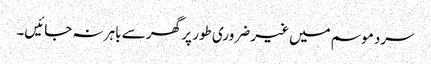
سرد موسم میں غیر ضروری طور پر گھر سے باہر نہ جائیں۔